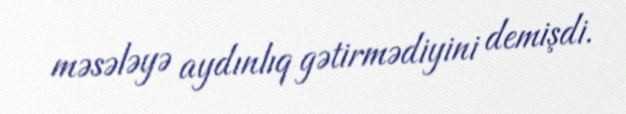
məsələyə aydınlıq gətirmədiyini demişdi.